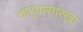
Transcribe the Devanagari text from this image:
तार्‍यांसारखा